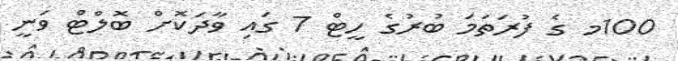
100މ ގެ ފުރަތަމަ ބުރުގެ ހީޓް 7 ގައި ވާދަކޮށް ބޮލްޓް ވަނީ